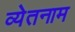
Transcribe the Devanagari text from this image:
व्येतनाम